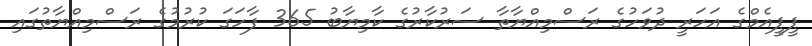
ޕީޕީއެމްގެ އަހަރީ ދުވަހުގެ ރަސްމިއްޔާތާ ސަރުކާރުގެ ކާމިޔާބު 365 ފާހަގަ ކުރުމުގެ ރަސްމިއްޔާތުގައި